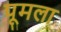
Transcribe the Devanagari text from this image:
पूमला